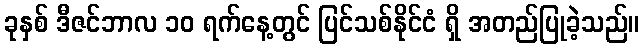
ခုနှစ် ဒီဇင်ဘာလ ၁၀ ရက်နေ့တွင် ပြင်သစ်နိုင်ငံ ရှိ အတည်ပြုခဲ့သည်။